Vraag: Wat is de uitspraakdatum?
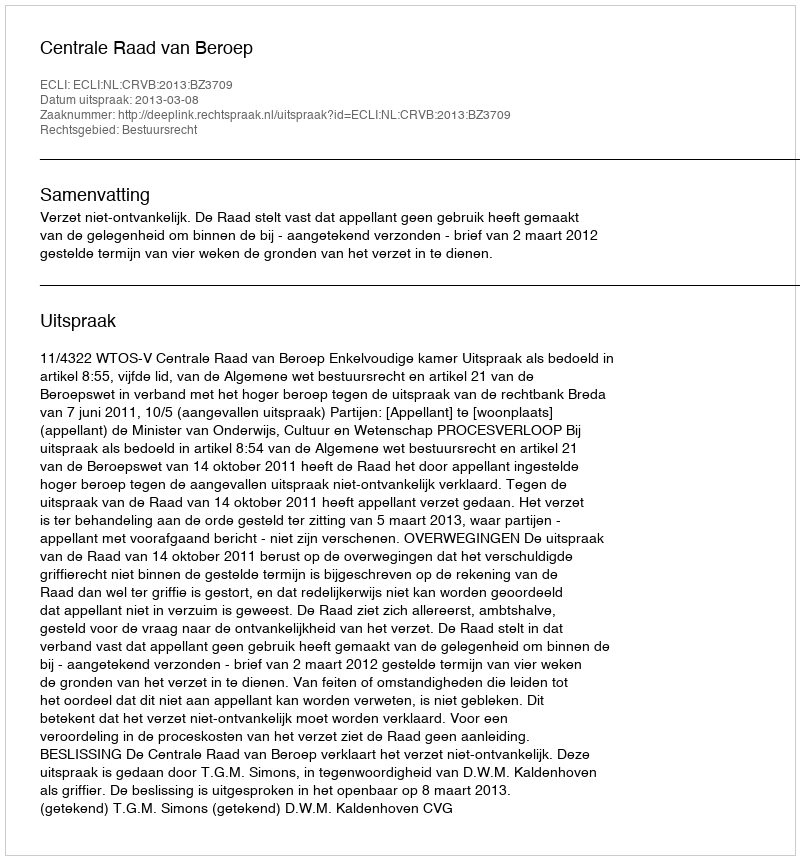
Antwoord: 2013-03-08